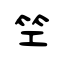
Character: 笁